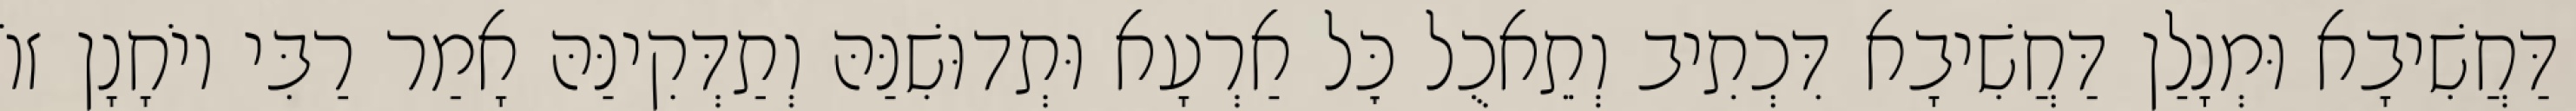
דַּחֲשִׁיבָא וּמְנָלַן דַּחֲשִׁיבָא דִּכְתִיב וְתֵאכֻל כׇּל אַרְעָא וּתְדוּשִׁנַּהּ וְתַדְּקִינַּהּ אָמַר רַבִּי יוֹחָנָן זוֹ